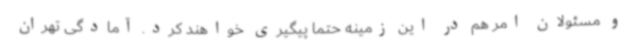
و مسئولان امر هم در این زمینه حتماً پیگیری خواهند کرد. آمادگی تهران